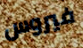
فيروس